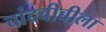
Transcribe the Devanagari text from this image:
चांदबीबीला